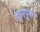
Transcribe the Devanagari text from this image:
दामपुख्त